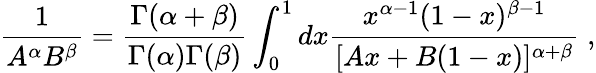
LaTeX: \frac{1}{A^{\alpha}B^{\beta}}=\frac{\Gamma(\alpha+\beta)}{\Gamma(\alpha)\Gamma(\beta)}\int_{0}^{1}dx\frac{x^{\alpha-1}(1-x)^{\beta-1}}{[Ax+B(1-x)]^{\alpha+\beta}}\; ,